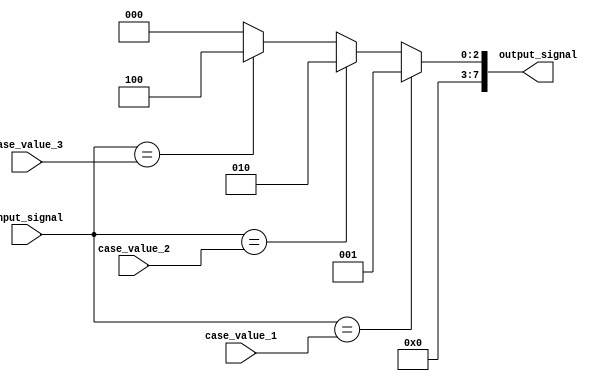
module parallel_case (
  input wire [2:0] input_signal,
  input wire [2:0] case_value_1,
  input wire [2:0] case_value_2,
  input wire [2:0] case_value_3,
  output reg [7:0] output_signal
);

always @* begin
  case(input_signal)
    case_value_1: output_signal = 8'b00000001;
    case_value_2: output_signal = 8'b00000010;
    case_value_3: output_signal = 8'b00000100;
    default: output_signal = 8'b00000000;
  endcase
end

endmodule